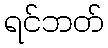
ရင်ဘတ်